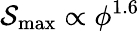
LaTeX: {\mathcal{S}_{\mathrm{max}}\propto\phi^{1.6}}